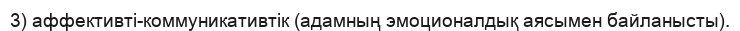
3) аффективті-коммуникативтік (адамның эмоционалдық аясымен байланысты).